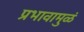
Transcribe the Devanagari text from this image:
प्रभावामुळं